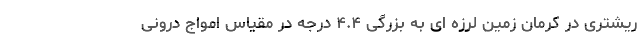
ریشتری در کرمان زمین لرزه ای به بزرگی ۴.۴ درجه در مقیاس امواج درونی